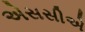
એસસીએ